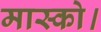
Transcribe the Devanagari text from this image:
मास्को।